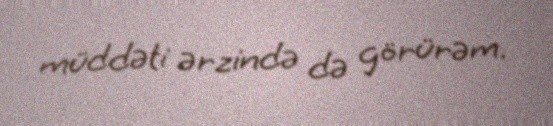
müddəti ərzində də görürəm.